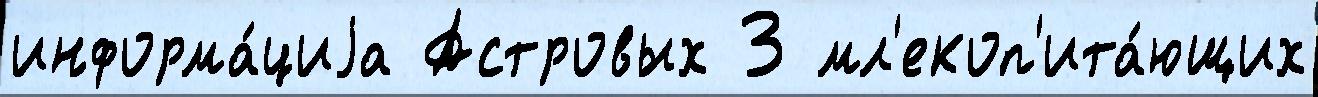
информа́циjа Астровых 3 мл'екоп'ита́ющих